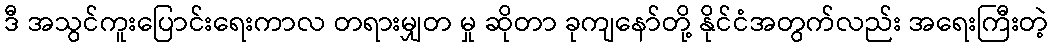
ဒီ အသွင်ကူးပြောင်းရေးကာလ တရားမျှတ မှု ဆိုတာ ခုကျနော်တို့ နိုင်ငံအတွက်လည်း အရေးကြီးတဲ့